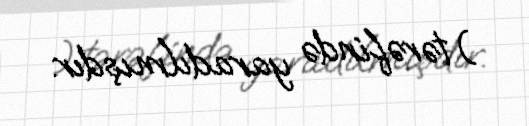
) tərəfində yaradılmışdır.